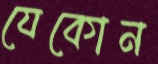
যেকোন